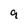
Character: 9